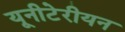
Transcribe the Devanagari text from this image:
यूनीटेरीयन